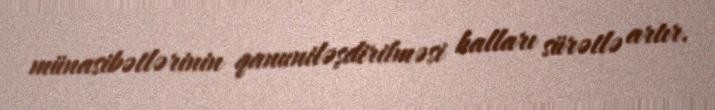
münasibətlərinin qanuniləşdirilməsi halları sürətlə artır.